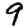
Digit: 9